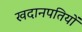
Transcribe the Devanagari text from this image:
खदानपतियों